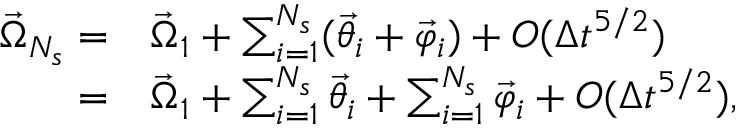
\begin{array} { r l } { \vec { \Omega } _ { N _ { s } } = } & { { } \vec { \Omega } _ { 1 } + \sum _ { i = 1 } ^ { N _ { s } } ( \vec { \theta } _ { i } + \vec { \varphi } _ { i } ) + O ( \Delta t ^ { 5 / 2 } ) } \\ { = } & { { } \vec { \Omega } _ { 1 } + \sum _ { i = 1 } ^ { N _ { s } } \vec { \theta } _ { i } + \sum _ { i = 1 } ^ { N _ { s } } \vec { \varphi } _ { i } + O ( \Delta t ^ { 5 / 2 } ) , } \end{array}